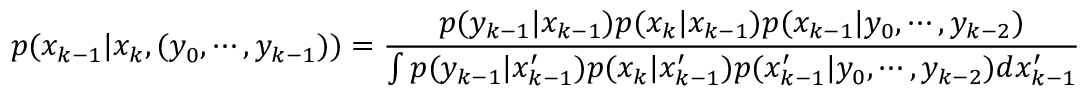
p ( x _ { k - 1 } | x _ { k } , ( y _ { 0 } , \cdots , y _ { k - 1 } ) ) = { \frac { p ( y _ { k - 1 } | x _ { k - 1 } ) p ( x _ { k } | x _ { k - 1 } ) p ( x _ { k - 1 } | y _ { 0 } , \cdots , y _ { k - 2 } ) } { \int p ( y _ { k - 1 } | x _ { k - 1 } ^ { \prime } ) p ( x _ { k } | x _ { k - 1 } ^ { \prime } ) p ( x _ { k - 1 } ^ { \prime } | y _ { 0 } , \cdots , y _ { k - 2 } ) d x _ { k - 1 } ^ { \prime } } }